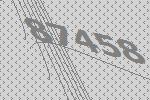
87458